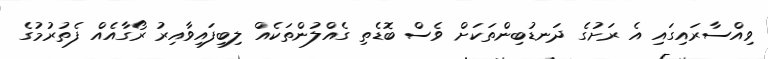
ވިއްސާރައިގައި އެ ރަށުގެ ދަނޑުބިންތަކަށް ވެސް ބޮޑެތި ގެއްލުންތަކެއް ލިބިފައިވާއިރު ރޯގާއެއް ފެތުރުމުގެ